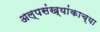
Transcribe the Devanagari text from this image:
अल्पसंख्यांकाच्या